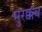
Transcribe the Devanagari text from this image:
मुरक्कब